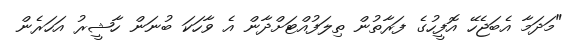
"މަދަމާ އެބަޖެހޭ އޮފީހުގެ ފަރާތުން ތިލަފުއްޓަށްދާން އެ ވާހަކަ ބުނަން ހާޝީރު އަހަރެން